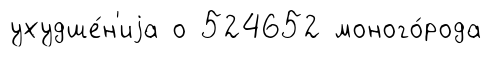
ухудше́н'иjа о 524652 моного́рода